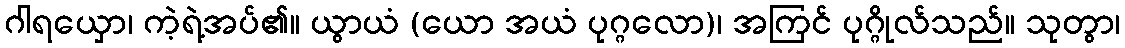
ဂါရယှော၊ ကဲ့ရဲ့အပ်၏။ ယွာယံ (ယော အယံ ပုဂ္ဂလော)၊ အကြင် ပုဂ္ဂိုလ်သည်။ သုတွာ၊